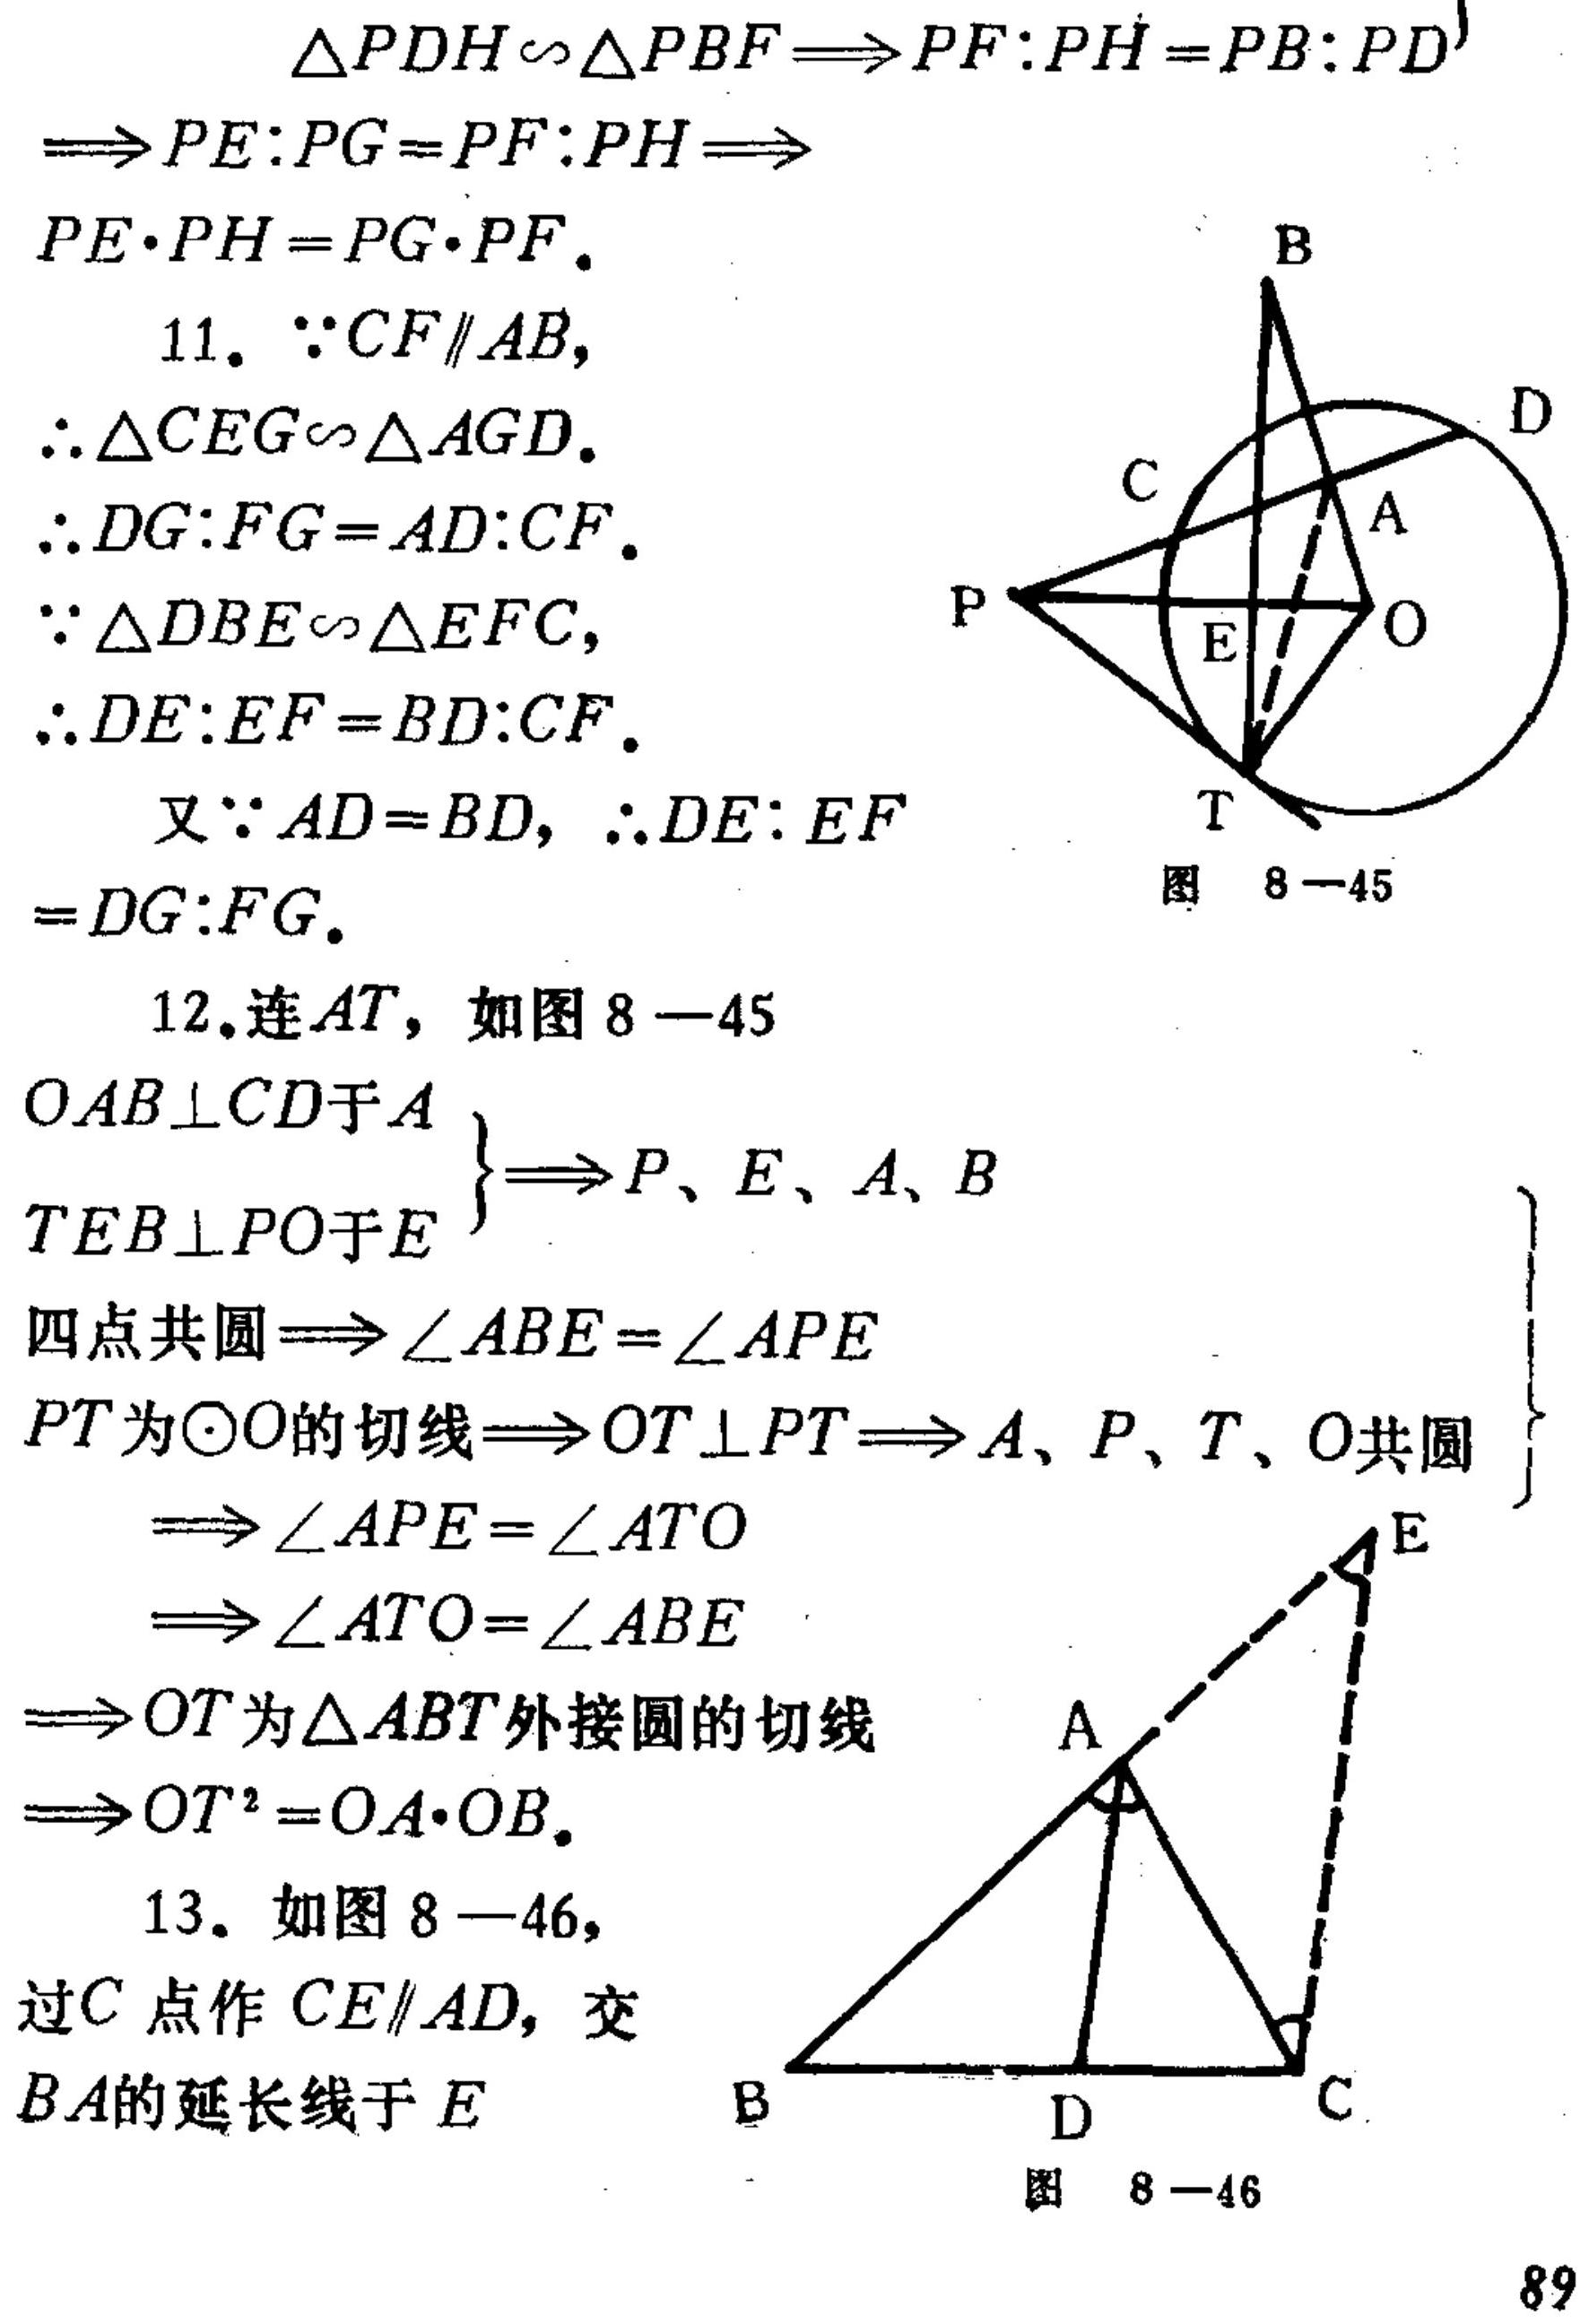
\begin{align*}
&\triangle PDH\sim\triangle PBF\Rightarrow PF:PH = PB:PD\\
\Rightarrow&PE:PG = PF:PH\Rightarrow\\
&PE\cdot PH = PG\cdot PF.\\
11.&\because CF\parallel AB,\\
&\therefore\triangle CEG\sim\triangle AGD.\\
&\therefore DG:FG = AD:CF.\\
&\because\triangle DBE\sim\triangle EFC,\\
&\therefore DE:EF = BD:CF.\\
&\text{又}\because AD = BD,\ \therefore DE:EF = DG:FG.\\
12.&\text{连}AT，\text{如图}8 - 45\\
&\left.\begin{array}{l}
OA\perp CD\text{于}A\\
TE\perp PO\text{于}E
\end{array}\right\}\Rightarrow P、E、A、B\\
&\text{四点共圆}\Rightarrow\angle ABE=\angle APE\\
&PT\text{为}\odot O\text{的切线}\Rightarrow OT\perp PT\Rightarrow A、P、T、O\text{共圆}\\
&\Rightarrow\angle APE=\angle ATO\\
&\Rightarrow\angle ATO=\angle ABE\\
&\Rightarrow OT\text{为}\triangle ABT\text{外接圆的切线}\\
&\Rightarrow OT^{2}=OA\cdot OB.\\
13.&\text{如图}8 - 46,\\
&\text{过}C\text{点作}CE\parallel AD，\text{交}\\
&BA\text{的延长线于}E
\end{align*}
（图略，图8 - 45和图8 - 46 ）